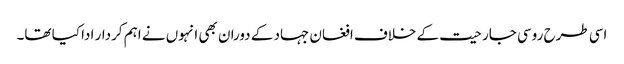
اسی طرح روسی جارحیت کے خلاف افغان جہاد کے دوران بھی انہوں نے اہم کردار ادا کیا تھا۔